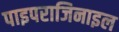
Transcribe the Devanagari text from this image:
पाइपराजिनाइल